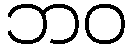
ဘဝ